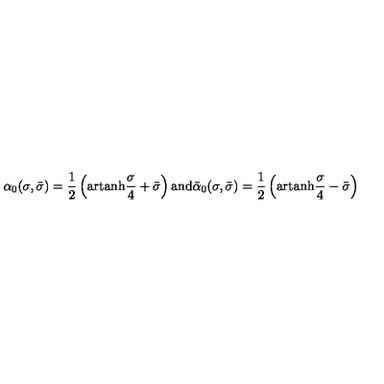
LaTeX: \alpha _ { 0 } ( \sigma , \bar { \sigma } ) = \frac { 1 } { 2 } \left( \mathrm { a r t a n h } \frac { \sigma } { 4 } + \bar { \sigma } \right) \mathrm { a n d } \bar { \alpha } _ { 0 } ( \sigma , \bar { \sigma } ) = \frac { 1 } { 2 } \left( \mathrm { a r t a n h } \frac { \sigma } { 4 } - \bar { \sigma } \right)